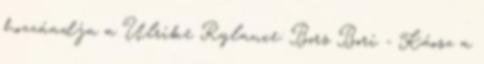
hozzáadja a Ulrike Rylance: Bors Bori - Káosz a